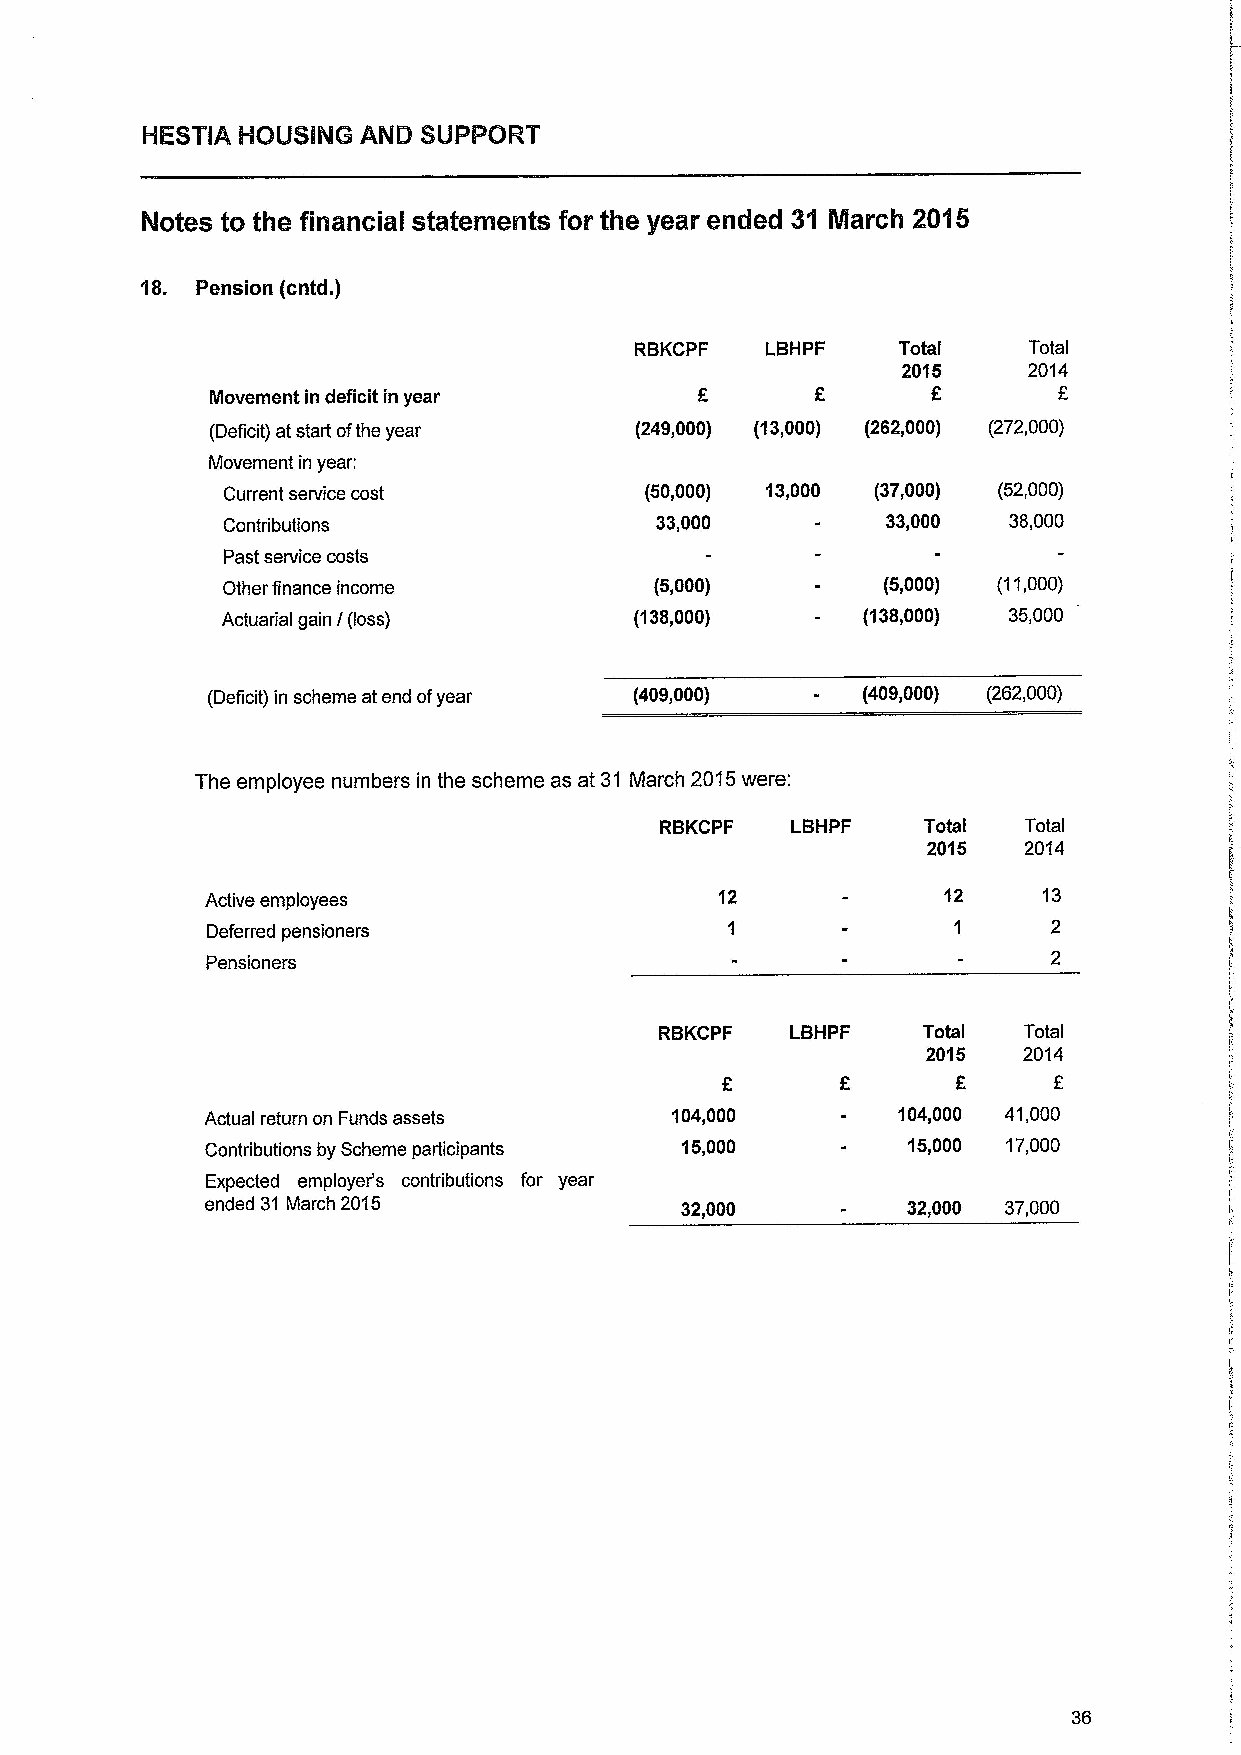
18. Pension (cntd.)
 RBKCPF   LBHPF   Total    Total
 2015    2014
 Movement in deficit in year                             E
 (Deficit) at start ofthe year (249,000) (13,000) (262,000) (272,000)
 Movement in year:
 Current service cost        (50,000) 13,000 (37,000) (52,000)
 Contributions               33,000          33,000  38,000
 Past service costs
 Other finance income        (5,000)        (5,000) (11,000)
 Actuarial gain I(loss)     (138,000)      (138,000) 35,000
 (Deficit) in scheme at end ofyear (409,000) (409,000) (262,000)
 The employee numbers in the scheme as at 31 March 2015were:
 RBKCPF  LBHPF    Total  Total
 2015   2014
 Active employees                  12            12     13
 Deferred pensioners                                     2
 2
 Pensioners
 RBKCPF  LBHPF    Total  Total
 2015   2014
 f
 F
 Actual return on Funds assets 104,000        104,000 41,000
 Contributions by Scheme participants 15,000   15,000 17,000
 Expected employer's contributions for year
 ended 31 March 2015            32,000         32,000 37,000
 36